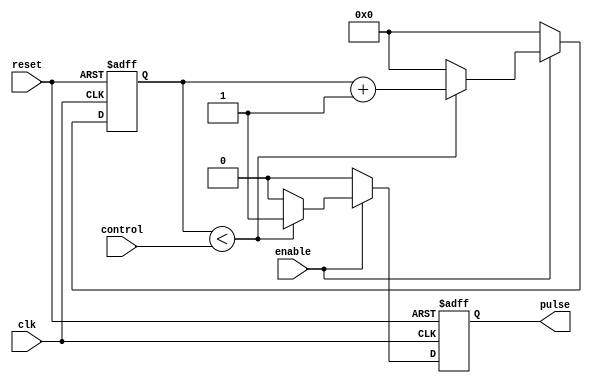
module PulseWidthGenerator (
  input clk,
  input reset,
  input enable,
  input [7:0] control,
  output reg pulse
);

reg [7:0] counter;

always @(posedge clk or posedge reset) begin
  if (reset) begin
    counter <= 8'b0;
    pulse <= 1'b0;
  end else if (enable) begin
    if (counter < control) begin
      counter <= counter + 1;
      pulse <= 1'b1;
    end else begin
      counter <= 8'b0;
      pulse <= 1'b0;
    end
  end else begin
    counter <= 8'b0;
    pulse <= 1'b0;
  end
end

endmodule